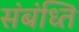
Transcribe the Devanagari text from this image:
संबंध्ति